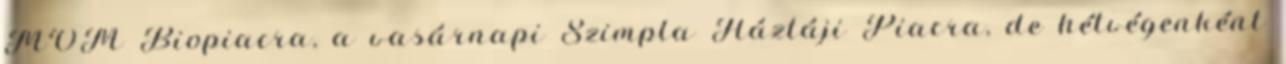
MOM Biopiacra, a vasárnapi Szimpla Háztáji Piacra, de hétvégenként